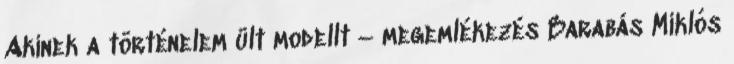
Akinek a történelem ült modellt – megemlékezés Barabás Miklós